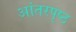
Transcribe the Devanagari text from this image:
आंतरपृष्ठ